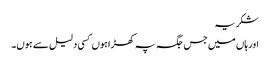
شکریہ
اور ہاں میں جس جگہ پہ کھڑا ہوں کسی دلیل سے ہوں۔